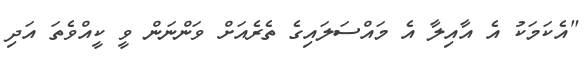
"އެކަމަކު އެ އާއިލާ އެ މައްސަލައިގެ ތެރެއަށް ވަންނަން ވީ ކީއްވެތަ އަދި